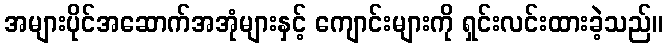
အများပိုင်အဆောက်အအုံများနှင့် ကျောင်းများကို ရှင်းလင်းထားခဲ့သည်။